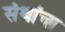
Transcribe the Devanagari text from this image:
संथांचा